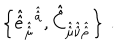
LaTeX: \left\{ \hat { \hat { e } } _ { \hat { \hat { \mu } } } { } ^ { \hat { \hat { a } } } , \hat { \hat { C } } _ { \hat { \hat { \mu } } \hat { \hat { \nu } } \hat { \hat { \rho } } } \right\} \, .